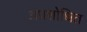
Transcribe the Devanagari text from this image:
अप्रशोधित